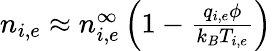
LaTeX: \begin{array}{r}{n_{i,e}\approx n_{i,e}^{\infty}\left(1-\frac{q_{i,e}\phi}{k_{B}T_{i,e}}\right)}\end{array}